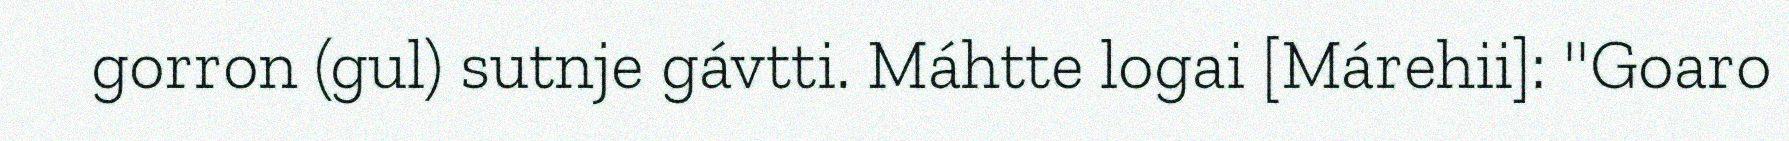
gorron (gul) sutnje gávtti. Máhtte logai [Márehii]: ''Goaro